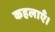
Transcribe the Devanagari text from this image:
कहलाएँ।